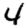
Digit: 4